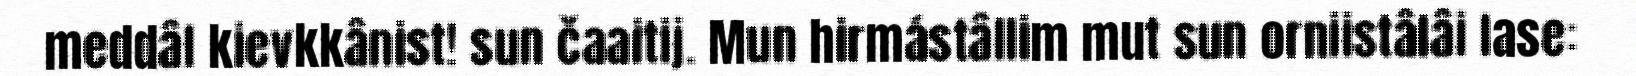
meddâl kievkkânist! sun čaaitij. Mun hirmástâllim mut sun orniistâlâi lase: